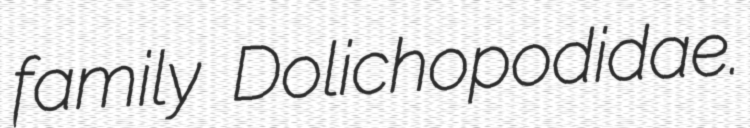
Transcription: family Dolichopodidae.